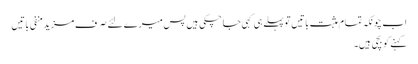
اب چونکہ تمام مثبت باتیں تو پہلے ہی کہی جا چکی ہیں پس میرے لئے صرف مزید منفی باتیں
کہنے کو بچی ہیں۔